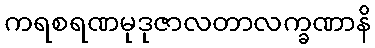
ကရစရဏမုဒုဇာလတာလက္ခဏာနိ